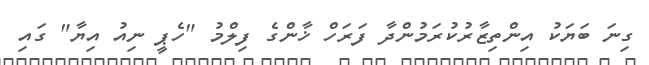
ގިނަ ބަޔަކު އިންތިޒާރުކުރަމުންދާ ފަރަހް ޚާންގެ ފިލްމު "ހެޕީ ނިއު އިޔާ" ގައި